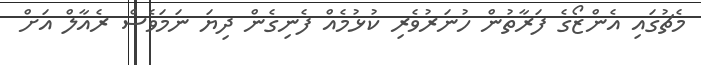
މެޗުގައި އެންޒޯގެ ފަރާތުން ހުނަރުވެރި ކުޅުމެއް ފެނިގެން ދިޔަ ނަމަވެސް ރެއާލް އަށް